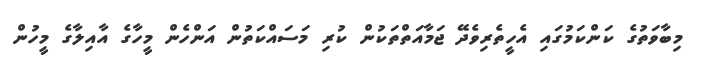
މިބާވަތުގެ ކަންކަމުގައި އެހީތެރިވެދޭ ޖަމާއަތްތަކުން ކުރި މަސައްކަތުން އަންހެން މީހާގެ އާއިލާގެ މީހުން